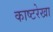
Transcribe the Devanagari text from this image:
काष्टरेखा